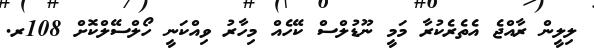
ލިލީން ރާއްޖެ އެތެރެކުރާ މަމީ ނޫޑުލްސް ކޭހެއް މިހާރު ވިއްކަނީ ހޯލްސޭލްކޮށް 108ރ.